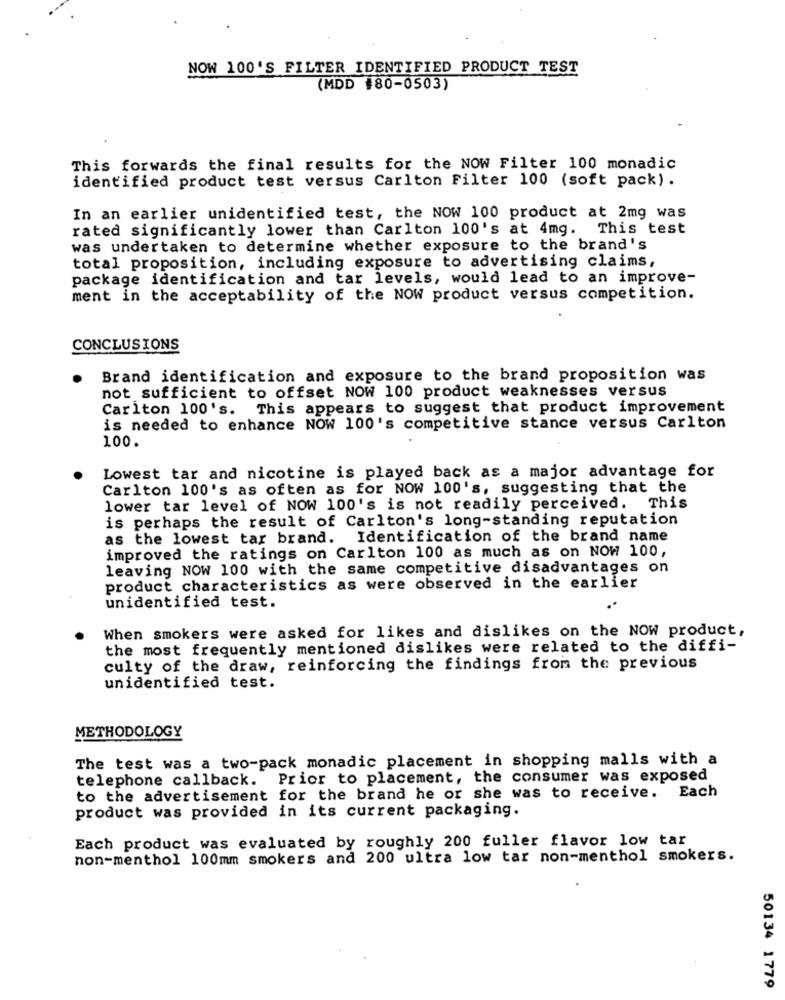
NOW 100'S FILTER IDENTIFIED PRODUCT TEST
(MDD #80-0503)
This forwards the final results for the NOW Filter 100 monadic
identified product test versus Carlton Filter 100 (soft pack).
In an earlier unidentified test, the NOW 100 product at 2mg was
rated significantly lower than Carlton 100's at 4mg. This test
was undertaken to determine whether exposure to the brand's
total proposition, including exposure to advertising claims,
package identification and tar levels, would lead to an improve-
ment in the acceptability of the NOW product versus competition.
CONCLUSIONS
Brand identification and exposure to the brand proposition was
not sufficient to offset NOW 100 product weaknesses versus
Carlton 100's. This appears to suggest that product improvement
is needed to enhance NOW 100's competitive stance versus Carlton
100.
Lowest tar and nicotine is played back as a major advantage for
Carlton 100's as often as for NOW 100's, suggesting that the
lower tar level of NOW 100's is not readily perceived. This
is perhaps the result of Carlton's long-standing reputation
as the lowest tar brand. Identification of the brand name
improved the ratings on Carlton 100 as much as on NOW 100,
leaving NOW 100 with the same competitive disadvantages on
product characteristics as were observed in the earlier
unidentified test.
When smokers were asked for likes and dislikes on the NOW product,
the most frequently mentioned dislikes were related to the diffi-
culty of the draw, reinforcing the findings from the previous
unidentified test.
METHODOLOGY
The test was a two-pack monadic placement in shopping malls with a
telephone callback. Prior to placement, the consumer was exposed
to the advertisement for the brand he or she was to receive. Each
product was provided in its current packaging.
Each product was evaluated by roughly 200 fuller flavor low tar
non-menthol 100mm smokers and 200 ultra low tar non-menthol smokers.
50134 1779